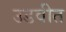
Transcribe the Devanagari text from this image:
उडवीत